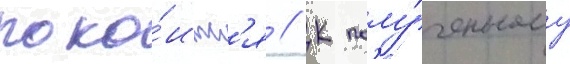
поко́итс'я // К полу́ченному